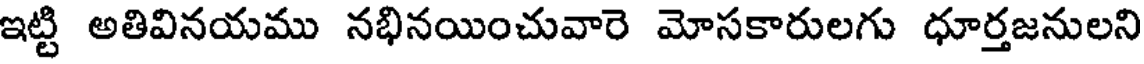
ఇట్టి అతివినయము నభినయించువారె మోసకారులగు ధూర్తజనులని